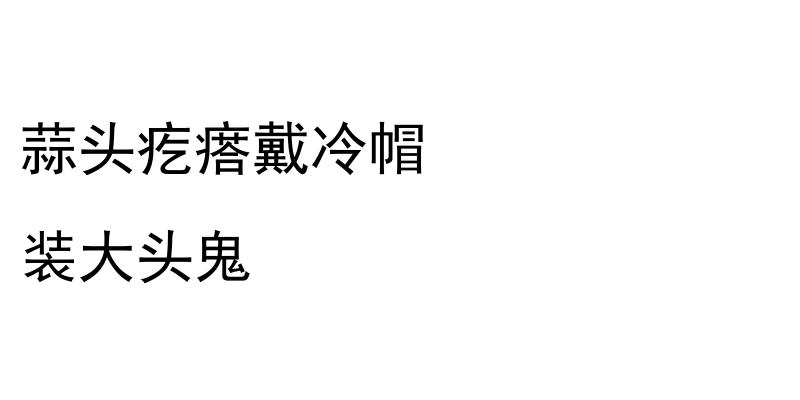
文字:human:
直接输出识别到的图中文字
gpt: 蒜头疙瘩戴冷帽 装大头鬼